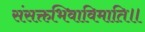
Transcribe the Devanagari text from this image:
संसक्तभिवाविमाति॥